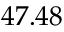
4 7 . 4 8